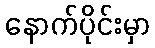
နောက်ပိုင်းမှာ